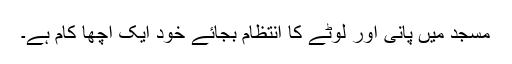
مسجد میں پانی اور لوٹے کا انتظام بجائے خود ایک اچھا کام ہے۔